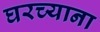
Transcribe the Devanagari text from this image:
घरच्याना